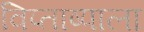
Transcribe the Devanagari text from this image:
विप्ताष्पाला